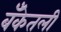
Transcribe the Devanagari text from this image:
बँकेतली